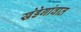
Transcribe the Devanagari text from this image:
खेडेगांवात